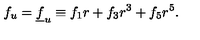
f _ { u } = \underline { { f } } _ { u } \equiv f _ { 1 } r + f _ { 3 } r ^ { 3 } + f _ { 5 } r ^ { 5 } .